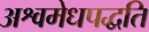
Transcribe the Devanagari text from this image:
अश्वमेधपद्धति